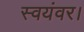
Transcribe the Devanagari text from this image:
स्वयंवर।